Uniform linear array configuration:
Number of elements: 16
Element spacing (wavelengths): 1
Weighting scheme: kaiser
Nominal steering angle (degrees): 15
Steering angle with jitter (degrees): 13.729
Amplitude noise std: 0.05
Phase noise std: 0.05

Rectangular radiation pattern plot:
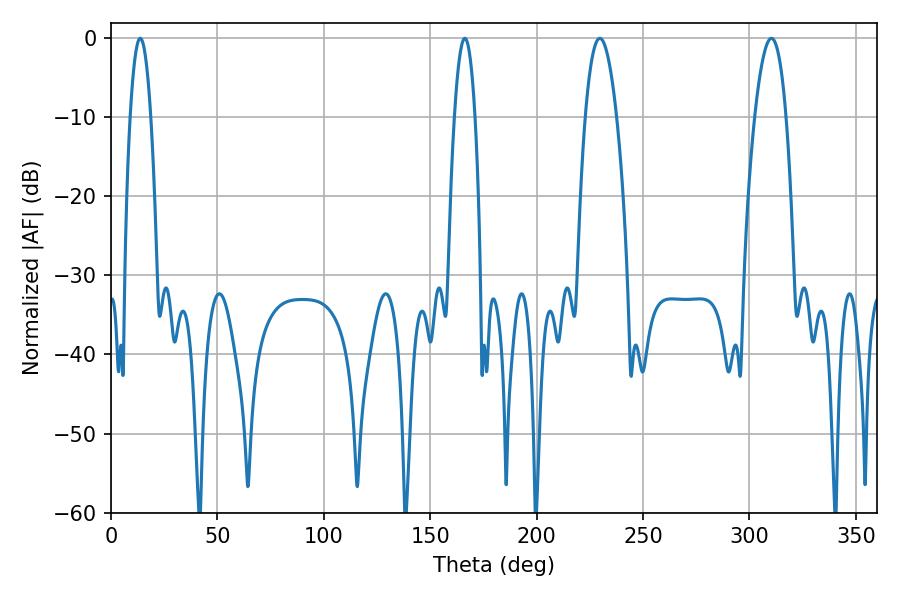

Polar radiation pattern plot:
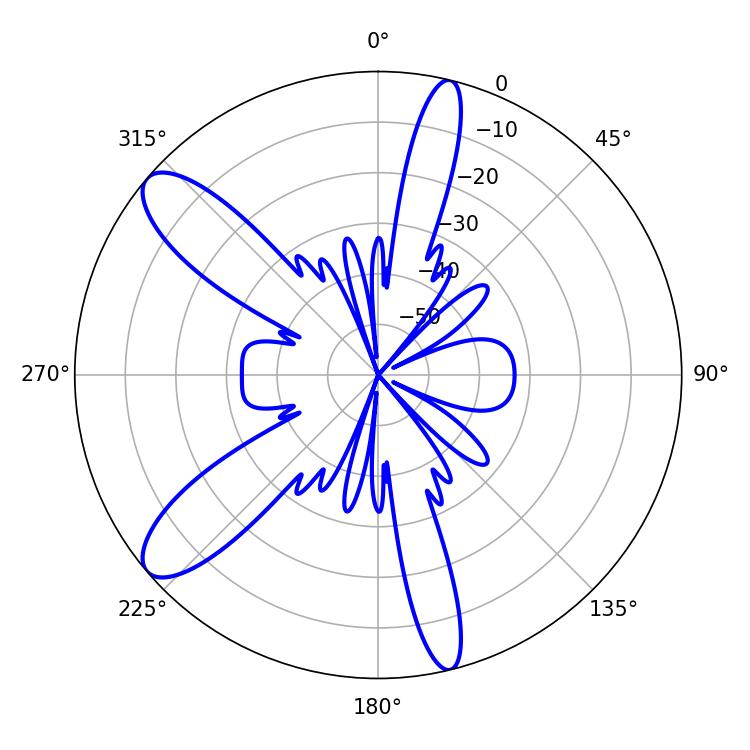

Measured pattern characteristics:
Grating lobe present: TRUE
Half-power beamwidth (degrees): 8.1
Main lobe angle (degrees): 229.68